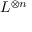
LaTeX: L ^ { \otimes n }